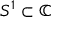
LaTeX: S ^ { 1 } \subset \mathbb { C }